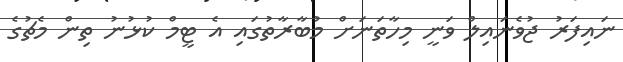
ނައިފަރު ޖުވެނައިލް ވަނީ މިހާތަނަށް މުބާރާތުގައި އެ ޓީމް ކުޅުނު ތިން މެޗުގެ